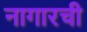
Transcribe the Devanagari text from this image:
नागारची